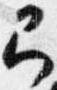
弓